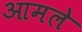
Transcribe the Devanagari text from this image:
आमले